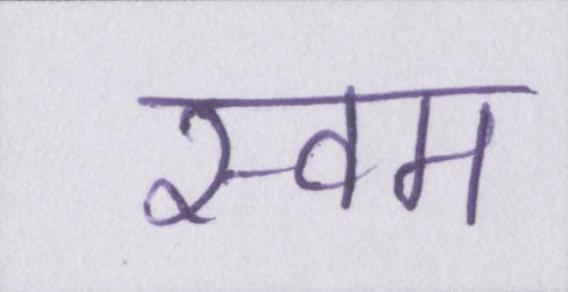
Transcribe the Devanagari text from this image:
स्वम